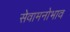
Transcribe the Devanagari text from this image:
सेवामनोभाव